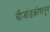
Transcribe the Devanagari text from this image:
बीजांडकोषातून